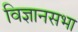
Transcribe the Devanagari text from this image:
विज्ञानसभा